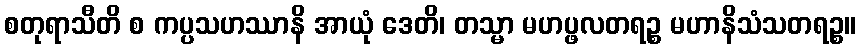
စတုရာသီတိ စ ကပ္ပသဟဿာနိ အာယုံ ဒေတိ၊ တသ္မာ မဟပ္ဖလတရဉ္စ မဟာနိသံသတရဉ္စ။